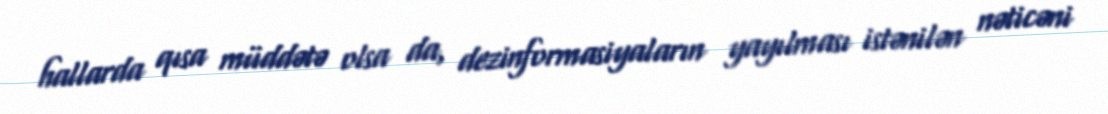
hallarda qısa müddətə olsa da, dezinformasiyaların yayılması istənilən nəticəni